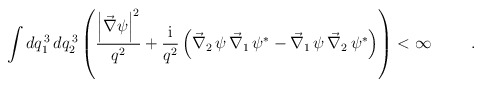
\begin{align*}\int dq_1^{\,3}\,dq_2^{\,3} \left(\frac{\left|\vec{\nabla}\psi\right|^2}{q^2} + \frac{\mbox{i}}{q^2}\left(\vec{\nabla}_2\,\psi\,\vec{\nabla}_1\,\psi^{\ast} - \vec{\nabla}_1\,\psi\,\vec{\nabla}_2\,\psi^{\ast}\right)\right) < \infty \hspace{1cm}.\end{align*}